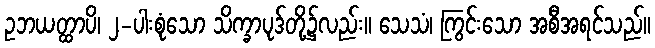
ဥဘယတ္ထာပိ၊ ၂-ပါးစုံသော သိက္ခာပုဒ်တို့၌လည်း။ သေသံ၊ ကြွင်းသော အစီအရင်သည်။